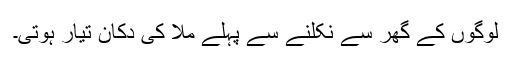
لوگوں کے گھر سے نکلنے سے پہلے ملّا کی دکان تیار ہوتی۔